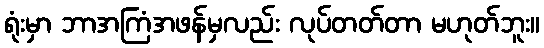
ရုံးမှာ ဘာအကြံအဖန်မှလည်း လုပ်တတ်တာ မဟုတ်ဘူး။